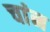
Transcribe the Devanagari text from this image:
चांन